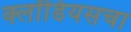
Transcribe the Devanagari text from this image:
क्लॉडियसचा